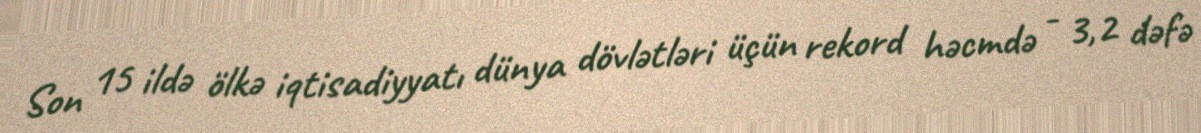
Son 15 ildə ölkə iqtisadiyyatı dünya dövlətləri üçün rekord həcmdə - 3,2 dəfə